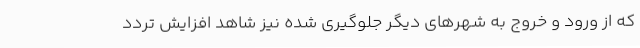
که از ورود و خروج به شهرهای دیگر جلوگیری شده نیز شاهد افزایش تردد